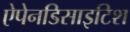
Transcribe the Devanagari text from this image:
ऐपेनडिसाइटिश